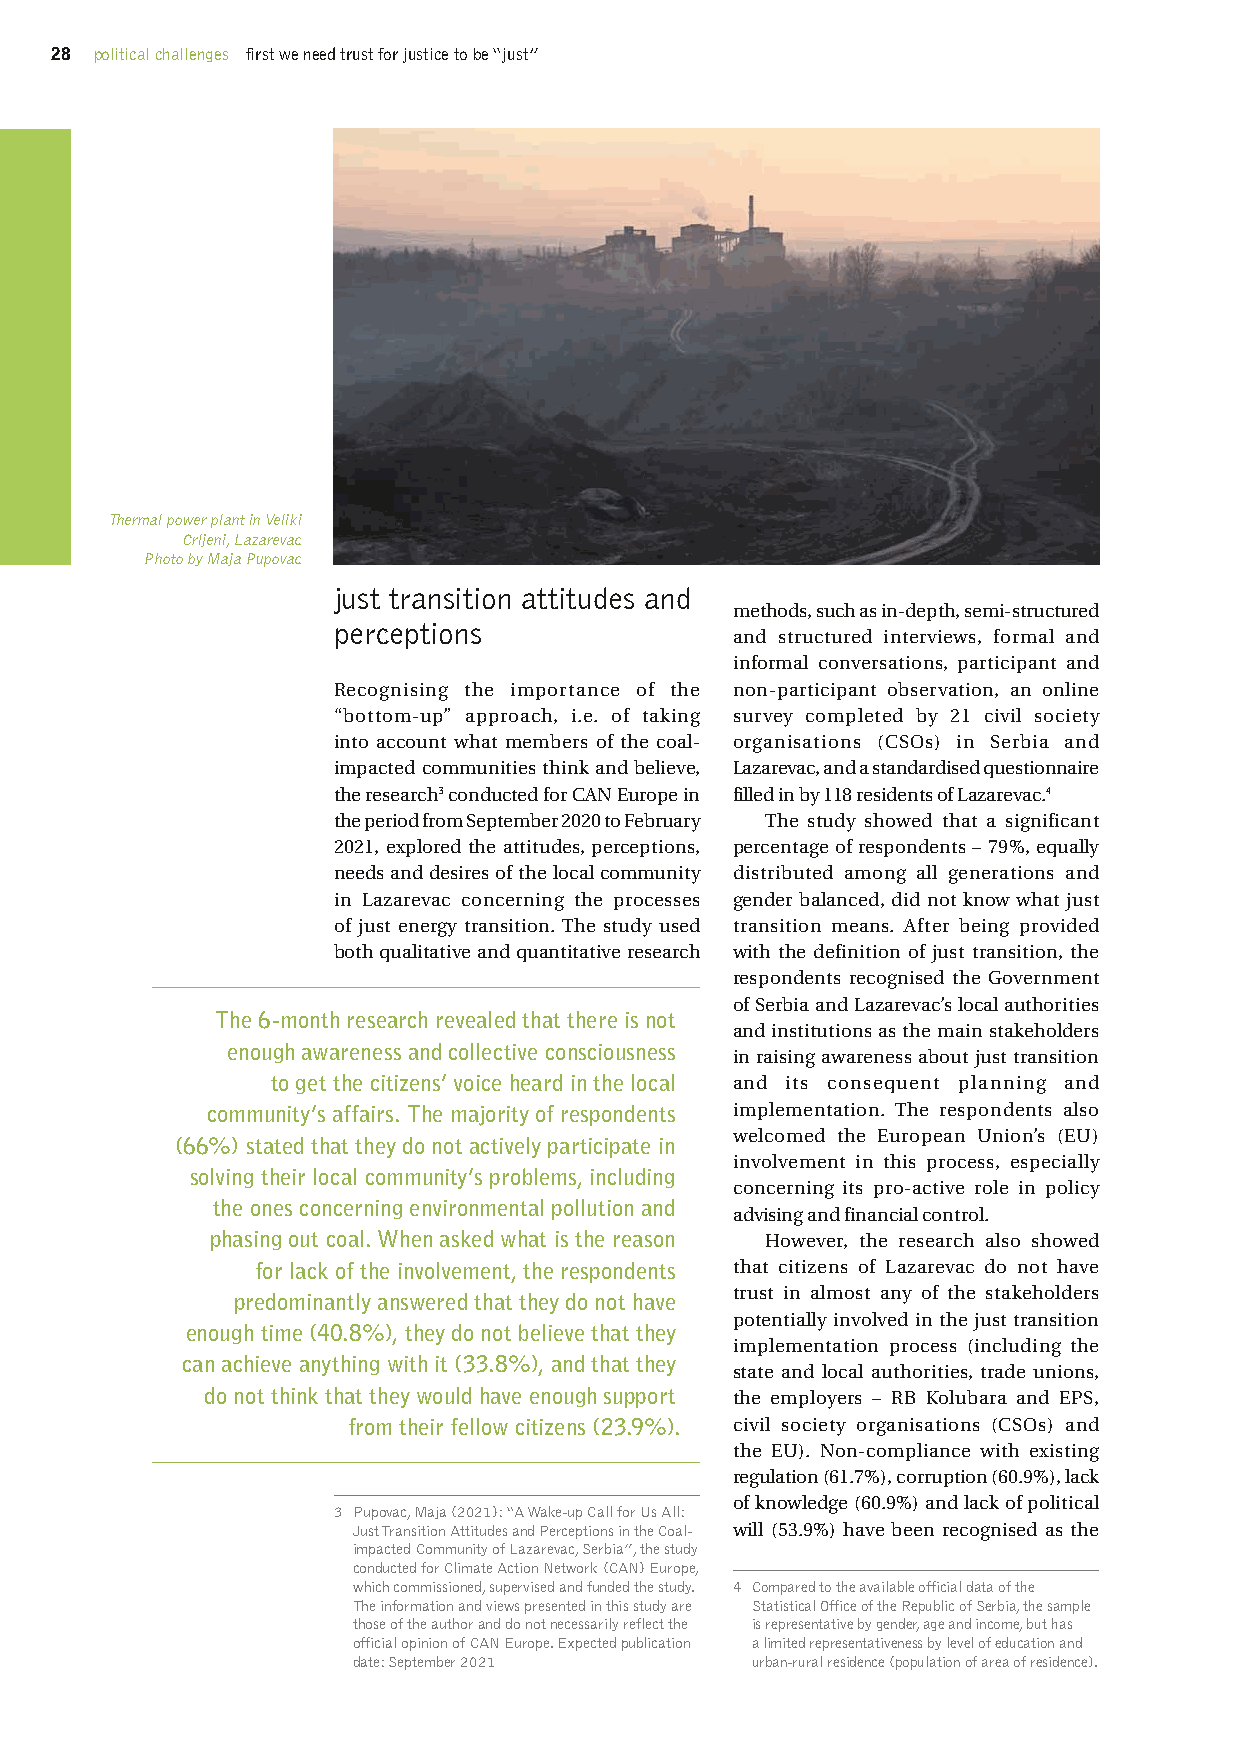
28 political challenges first we need trust for justice to be “just”
 Thermal power plant in Veliki
 Crljeni, Lazarevac
 Photo by Maja Pupovac
 just transition attitudes and
 methods, such as in-depth, semi-structured
 perceptions
 and structured interviews, formal and
 informal conversations, participant and
 Recognising the importance of the non-participant observation, an online
 “bottom-up” approach, i.e. of taking survey completed by 21 civil society
 into account what members of the coal- organisations (CSOs) in Serbia and
 impacted communities think and believe, Lazarevac, and a standardised questionnaire
 the research3 conducted for CAN Europe in filled in by 118 residents of Lazarevac.4
 the period from September 2020 to February The study showed that a significant
 2021, explored the attitudes, perceptions, percentage of respondents – 79%, equally
 needs and desires of the local community distributed among all generations and
 in Lazarevac concerning the processes gender balanced, did not know what just
 of just energy transition. The study used transition means. After being provided
 both qualitative and quantitative research with the definition of just transition, the
 respondents recognised the Government
 of Serbia and Lazarevac’s local authorities
 The 6-month research revealed that there is not
 and institutions as the main stakeholders
 enough awareness and collective consciousness
 in raising awareness about just transition
 to get the citizens’ voice heard in the local and its consequent planning and
 community’s affairs. The majority of respondents implementation. The respondents also
 welcomed the European Union’s (EU)
 (66%) stated that they do not actively participate in
 involvement in this process, especially
 solving their local community’s problems, including
 concerning its pro-active role in policy
 the ones concerning environmental pollution and
 advising and financial control.
 phasing out coal. When asked what is the reason However, the research also showed
 for lack of the involvement, the respondents that citizens of Lazarevac do not have
 trust in almost any of the stakeholders
 predominantly answered that they do not have
 potentially involved in the just transition
 enough time (40.8%), they do not believe that they
 implementation process (including the
 can achieve anything with it (33.8%), and that they
 state and local authorities, trade unions,
 do not think that they would have enough support the employers – RB Kolubara and EPS,
 from their fellow citizens (23.9%). civil society organisations (CSOs) and
 the EU). Non-compliance with existing
 regulation (61.7%), corruption (60.9%), lack
 of knowledge (60.9%) and lack of political
 3 Pupovac, Maja (2021): “A Wake-up Call for Us All:
 Just Transition Attitudes and Perceptions in the Coal- will (53.9%) have been recognised as the
 impacted Community of Lazarevac, Serbia”, the study
 conducted for Climate Action Network (CAN) Europe,
 which commissioned, supervised and funded the study. 4 Compared to the available official data of the
 The information and views presented in this study are Statistical Office of the Republic of Serbia, the sample
 those of the author and do not necessarily reflect the is representative by gender, age and income, but has
 official opinion of CAN Europe. Expected publication a limited representativeness by level of education and
 date: September 2021       urban-rural residence (population of area of residence).